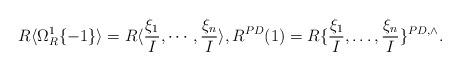
LaTeX: \begin{align*}R\langle \Omega^1_R\{-1\}\rangle =R\langle \frac{\xi_1}{I}, \cdots, \frac{\xi_n}{I}\rangle,R^{PD}(1)= R\{\frac{\xi_1}{I}, \dots, \frac{\xi_n}{I}\}^{PD,\wedge}.\end{align*}